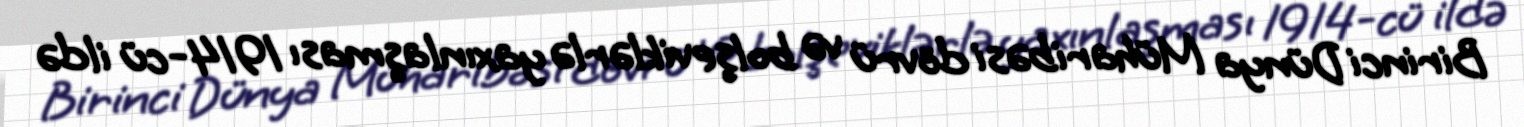
Birinci Dünya Müharibəsi dövrü və bolşeviklərlə yaxınlaşması 1914-cü ildə